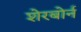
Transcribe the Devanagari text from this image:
शेरबोर्न